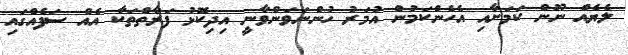
ލެޔެއް ނޫން ކަމަށާއި އެހެންކަމުން އުމަރު ހުންނަވަންވާނީ އިދިކޮޅު ފަރާތްތަކާ އެއް ސަފެއްގައި